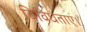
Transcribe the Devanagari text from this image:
विविधताएं।